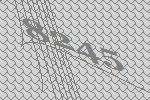
8245